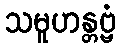
သမူဟန္တဗ္ဗံ